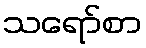
သရော်စာ